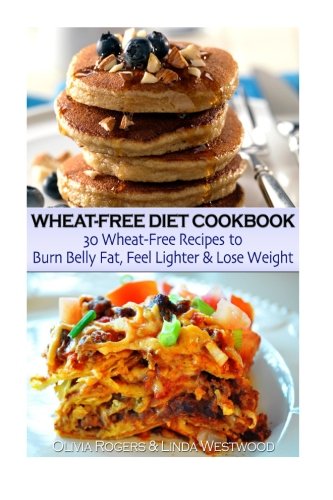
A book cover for Wheat-Free Diet Cookbook: 30 Wheat-Free Recipes to Burn Belly Fat, Feel Lighter & Lose Weight; Olivia Rogers; Health, Fitness & Dieting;